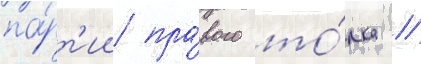
па́рт'ии пра́вого то́лка //